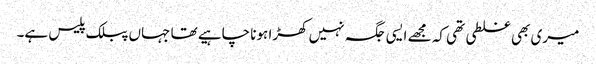
میری بھی غلطی تھی کہ مجھے ایسی جگہ نہیں کھڑا ہونا چاہیے تھا جہاں پبلک پلیس ہے۔